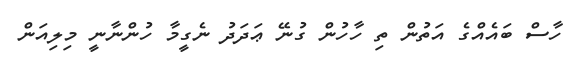
ހާސް ބައެއްގެ އަތުން ތި ހާހުން ގުނޭ ޢަދަދު ނެގީމާ ހުންނާނީ މިލިއަން